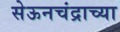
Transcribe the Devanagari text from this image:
सेऊनचंद्राच्या